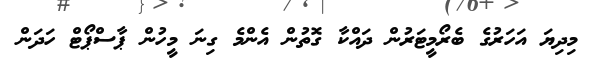
މިދިޔަ އަހަރުގެ ބެރޯމީޓަރުން ދައްކާ ގޮތުން އެންމެ ގިނަ މީހުން ޕާސްޕޯޓް ހަދަން